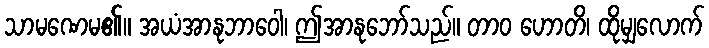
သာမဏေမ၏။ အယံအာနုဘာဝေါ၊ ဤအာနုဘော်သည်။ တာဝ ဟောတိ၊ ထိုမျှလောက်